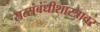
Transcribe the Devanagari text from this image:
सत्संबंधीशास्त्रावर